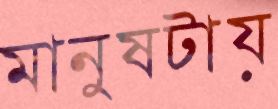
মানুষটায়